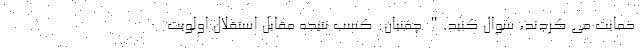
حمایت می کردند، سوال کنید." چمنیان: کسب نتیجه مقابل استقلال اولویت